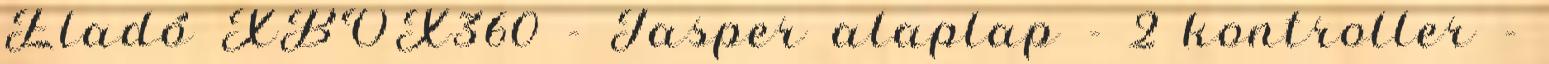
Eladó XBOX360 - Jasper alaplap - 2 kontroller -